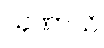
သုဏာသိ